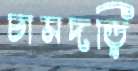
চামদড়ি